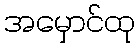
အမှောင်ထု